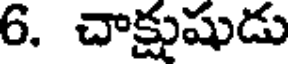
6. చాక్షుషుడు